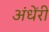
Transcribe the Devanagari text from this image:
अंधेंरी